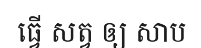
ធ្វើ សត្វ ឲ្យ សាប